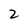
Character: 2